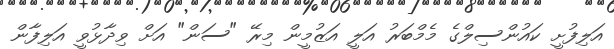
އަލިފުށީ ކައުންސިލްގެ މެމްބަރު އަލީ އަޒުމީން މިރޭ "ސަން" އަށް ވިދާޅުވީ އަލިފާން